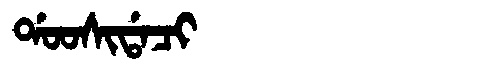
Manchu: ᡩᠣᠣᠰᡳᡩᠠᠴᡳ
Romanization: DOOSIDACI